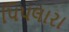
પિપલારા